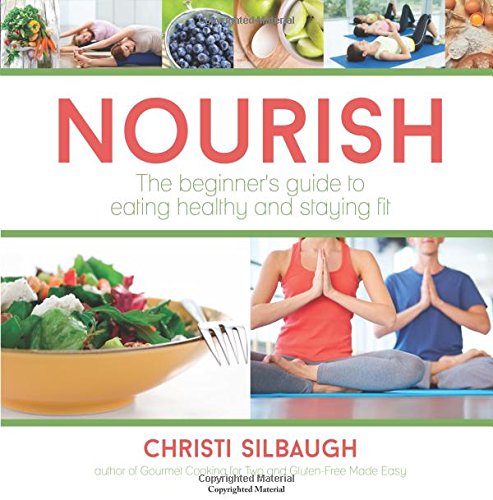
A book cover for Nourish: The Beginner's Guide to Eating Healthy and Staying Fit; Christi Silbaugh; Health, Fitness & Dieting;